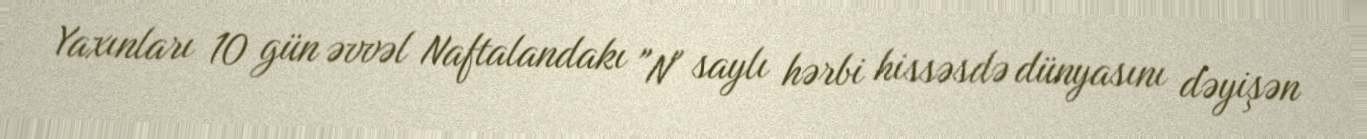
Yaxınları 10 gün əvvəl Naftalandakı "N" saylı hərbi hissəsdə dünyasını dəyişən